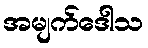
အမျက်ဒေါသ